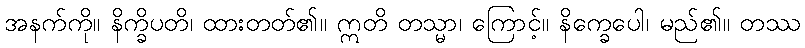
အနက်ကို။ နိက္ခိပတိ၊ ထားတတ်၏။ ဣတိ တသ္မာ၊ ကြောင့်။ နိက္ခေပေါ၊ မည်၏။ တဿ